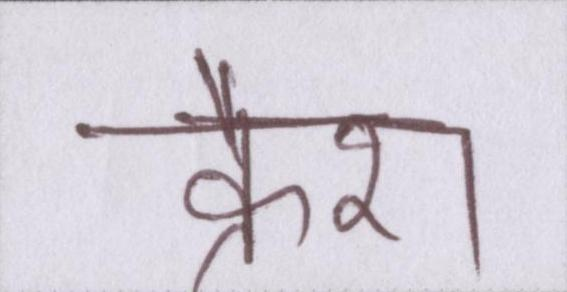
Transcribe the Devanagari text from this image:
क्रैश